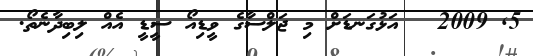
5